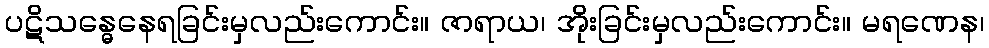
ပဋိသန္ဓေနေရခြင်းမှလည်းကောင်း။ ဇာရာယ၊ အိုးခြင်းမှလည်းကောင်း။ မရဏေန၊